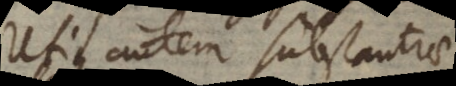
Utique autem substantiae